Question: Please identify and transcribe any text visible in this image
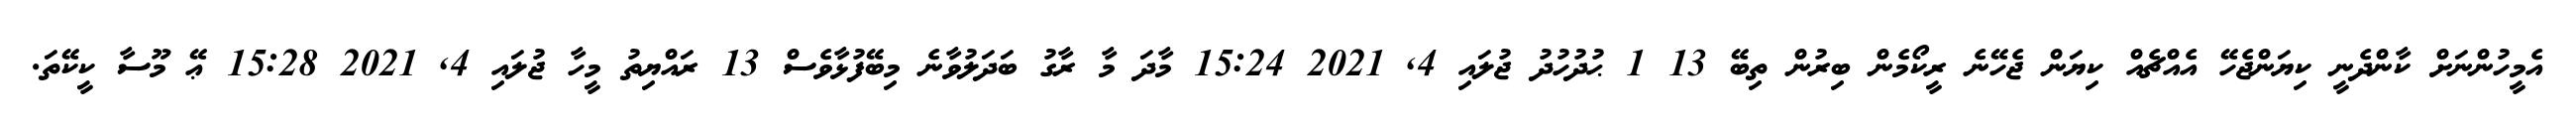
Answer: އެމީހުންނަށް ކާންދެނީ ކިޔަންޖެހޭ އެއްޗެއް ކިޔަން ޖެހޭނެ ރީކޯމެން ބިރުން ތިބޭ 13 1 ޙުދުހުދު ޖުލައި 4, 2021 15:24 މާދަ މާ ރާގު ބަދަލުވާނެ މިބޭފުޅާވެސް 13 ރައްޔިތު މީހާ ޖުލައި 4, 2021 15:28 ޢޭ މޫސާ ކީކޭތަ.